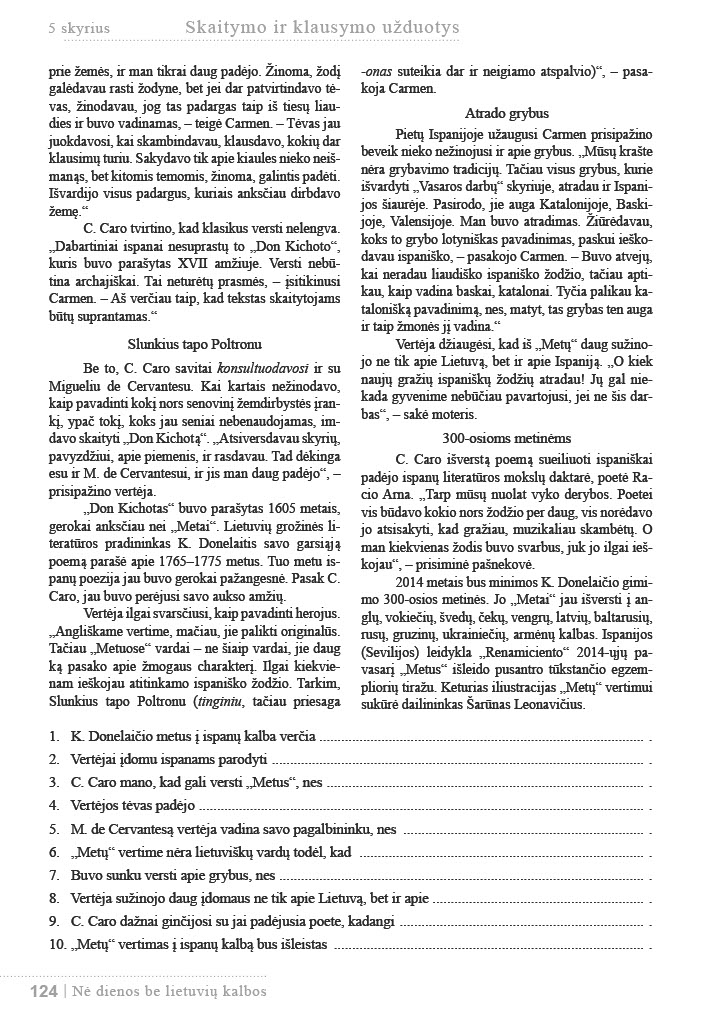
Language: lt